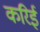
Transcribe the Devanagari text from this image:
करिई